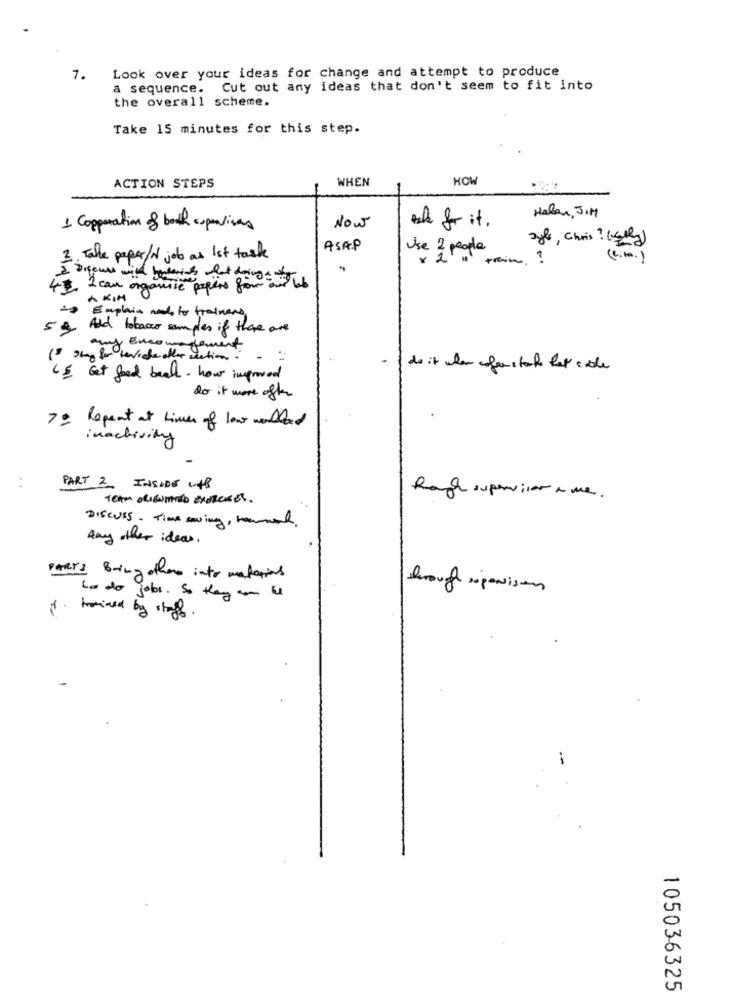
Look over your ideas for change and attempt to produce
7.
a sequence. Cut out any ideas that don't seem to fit into
the overall scheme.
Take 15 minutes for this step.
WHEN
HOW
ACTION STEPS
Haben, JIM
1 Copperation of both cupenvisas
Now
tak for it .
gyl, Chris ? (4/kg)
ASAP
Use 2 people
3. Talle paper/ job as Ist task
trein . ?
( cit . )
I Digenes with
43 2 can orgo
A Kin gamise papers from our web
- Explain needs to trainers
5 4 And tobacco samples if there are
any Encours
nagement
do it when enfers tack let side
65 Get food beall- how improved
do it more ofher
7: Repeat at times of low worlded
inactivity
. .
PART 2 INSIDE UP
TEAM ORIENTED EXERCEs.
hugh supervisor a me.
DISCUSS . Time swing, tomat.
Any other ideas.
PARer: Bring other into materias
through rigonisom
to do jobs. So they am El
trained by staff.
-
-
105036325